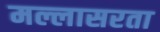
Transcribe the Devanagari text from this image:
मल्लासरता